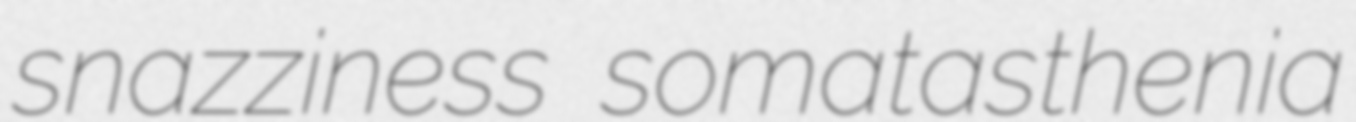
snazziness somatasthenia